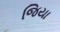
જિયા